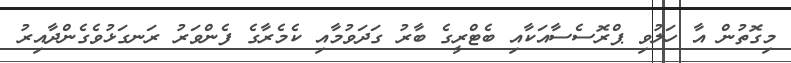
މިގޮތުން އާ ހަލުވި ޕްރޮސެސާއަކާއި ބެޓްރީގެ ބާރު ގަދަވުމާއި ކެމެރާގެ ފެންވަރު ރަނގަޅުވެގެންދާއިރު